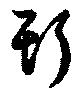
斯